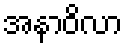
အနာဝိလာ